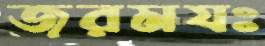
জরমযঃ